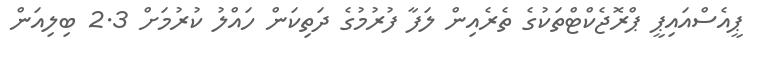
ޕީއެސްއައިޕީ ޕްރޮޖެކްޓްތަކުގެ ތެރެއިން ލަފާ ފުރުމުގެ ދަތިކަން ހައްލު ކުރުމަށް 2.3 ބިލިއަން